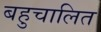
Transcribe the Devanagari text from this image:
बहुचालित